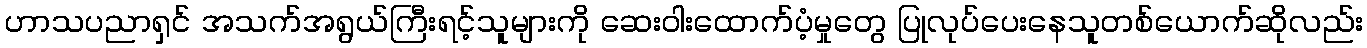
ဟာသပညာရှင် အသက်အရွယ်ကြီးရင့်သူများကို ဆေးဝါးထောက်ပံ့မှုတွေ ပြုလုပ်ပေးနေသူတစ်ယောက်ဆိုလည်း